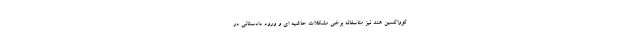
کوواکسین هند نیز متاسفانه برخی مشکلات حاشیه ای و ورود دادستانی در